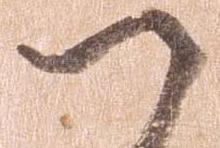
つ